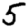
Digit: 5